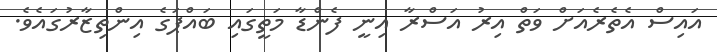
އައިސް އެތެރެއަށް ވަތް އިރު އަސްރާ އިނީ ފެންޑާ މަތީގައި ބައްޕަގެ އިންތިޒާރުގައެވެ.